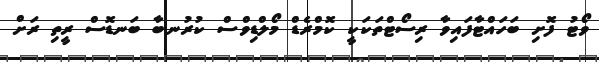
ވޯޓު ފޮށި ބަހައްޓާފައިވާ ރިސޯޓްތަކަކީ ކޮމްރެޑް މޯލްޑިވްސް ކުރުނބާ ބަނޑޮސް ރީތި ރަށް